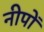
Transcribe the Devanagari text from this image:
नीपों